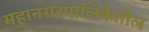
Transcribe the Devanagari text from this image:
महानगरपालिकेतील